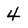
Character: 4